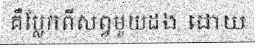
គឺប្លែកពីសព្វមួយដង ដោយ